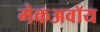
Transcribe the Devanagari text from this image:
मेकअवॉय